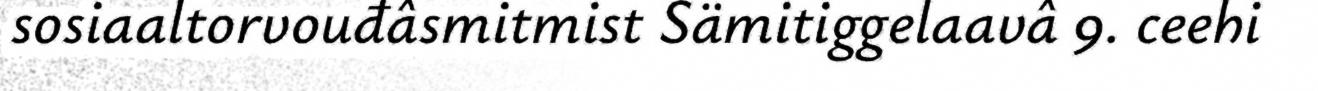
sosiaaltorvouđâsmitmist Sämitiggelaavâ 9. ceehi